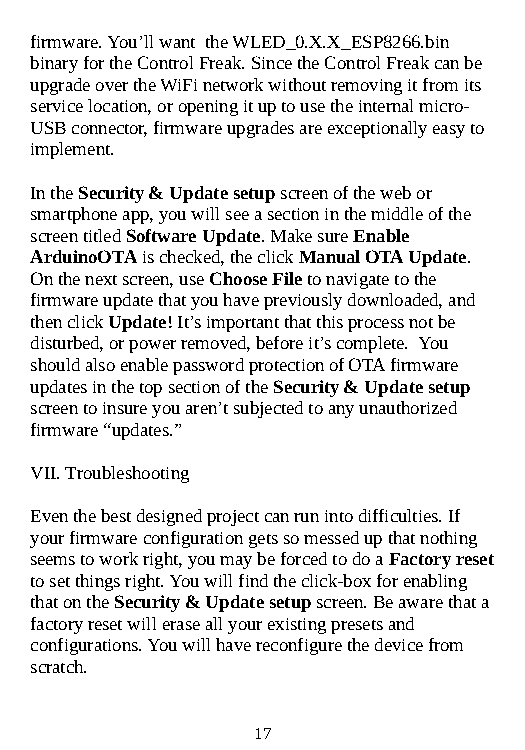
firmware. You’ll want the WLED_0.X.X_ESP8266.bin
 binary for the Control Freak. Since the Control Freak can be
 upgrade over the WiFi network without removing it from its
 service location, or opening it up to use the internal micro-
 USB connector, firmware upgrades are exceptionally easy to
 implement.
 In the Security & Update setup screen of the web or
 smartphone app, you will see a section in the middle of the
 screen titled Software Update. Make sure Enable
 ArduinoOTA is checked, the click Manual OTA Update.
 On the next screen, use Choose File to navigate to the
 firmware update that you have previously downloaded, and
 then click Update! It’s important that this process not be
 disturbed, or power removed, before it’s complete. You
 should also enable password protection of OTA firmware
 updates in the top section of the Security & Update setup
 screen to insure you aren’t subjected to any unauthorized
 firmware “updates.”
 VII. Troubleshooting
 Even the best designed project can run into difficulties. If
 your firmware configuration gets so messed up that nothing
 seems to work right, you may be forced to do a Factory reset
 to set things right. You will find the click-box for enabling
 that on the Security & Update setup screen. Be aware that a
 factory reset will erase all your existing presets and
 configurations. You will have reconfigure the device from
 scratch.
 17